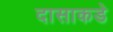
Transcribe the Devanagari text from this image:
दासाकडे